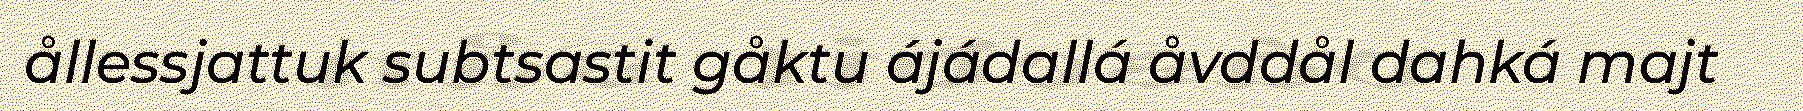
ållessjattuk subtsastit gåktu ájádallá åvddål dahká majt